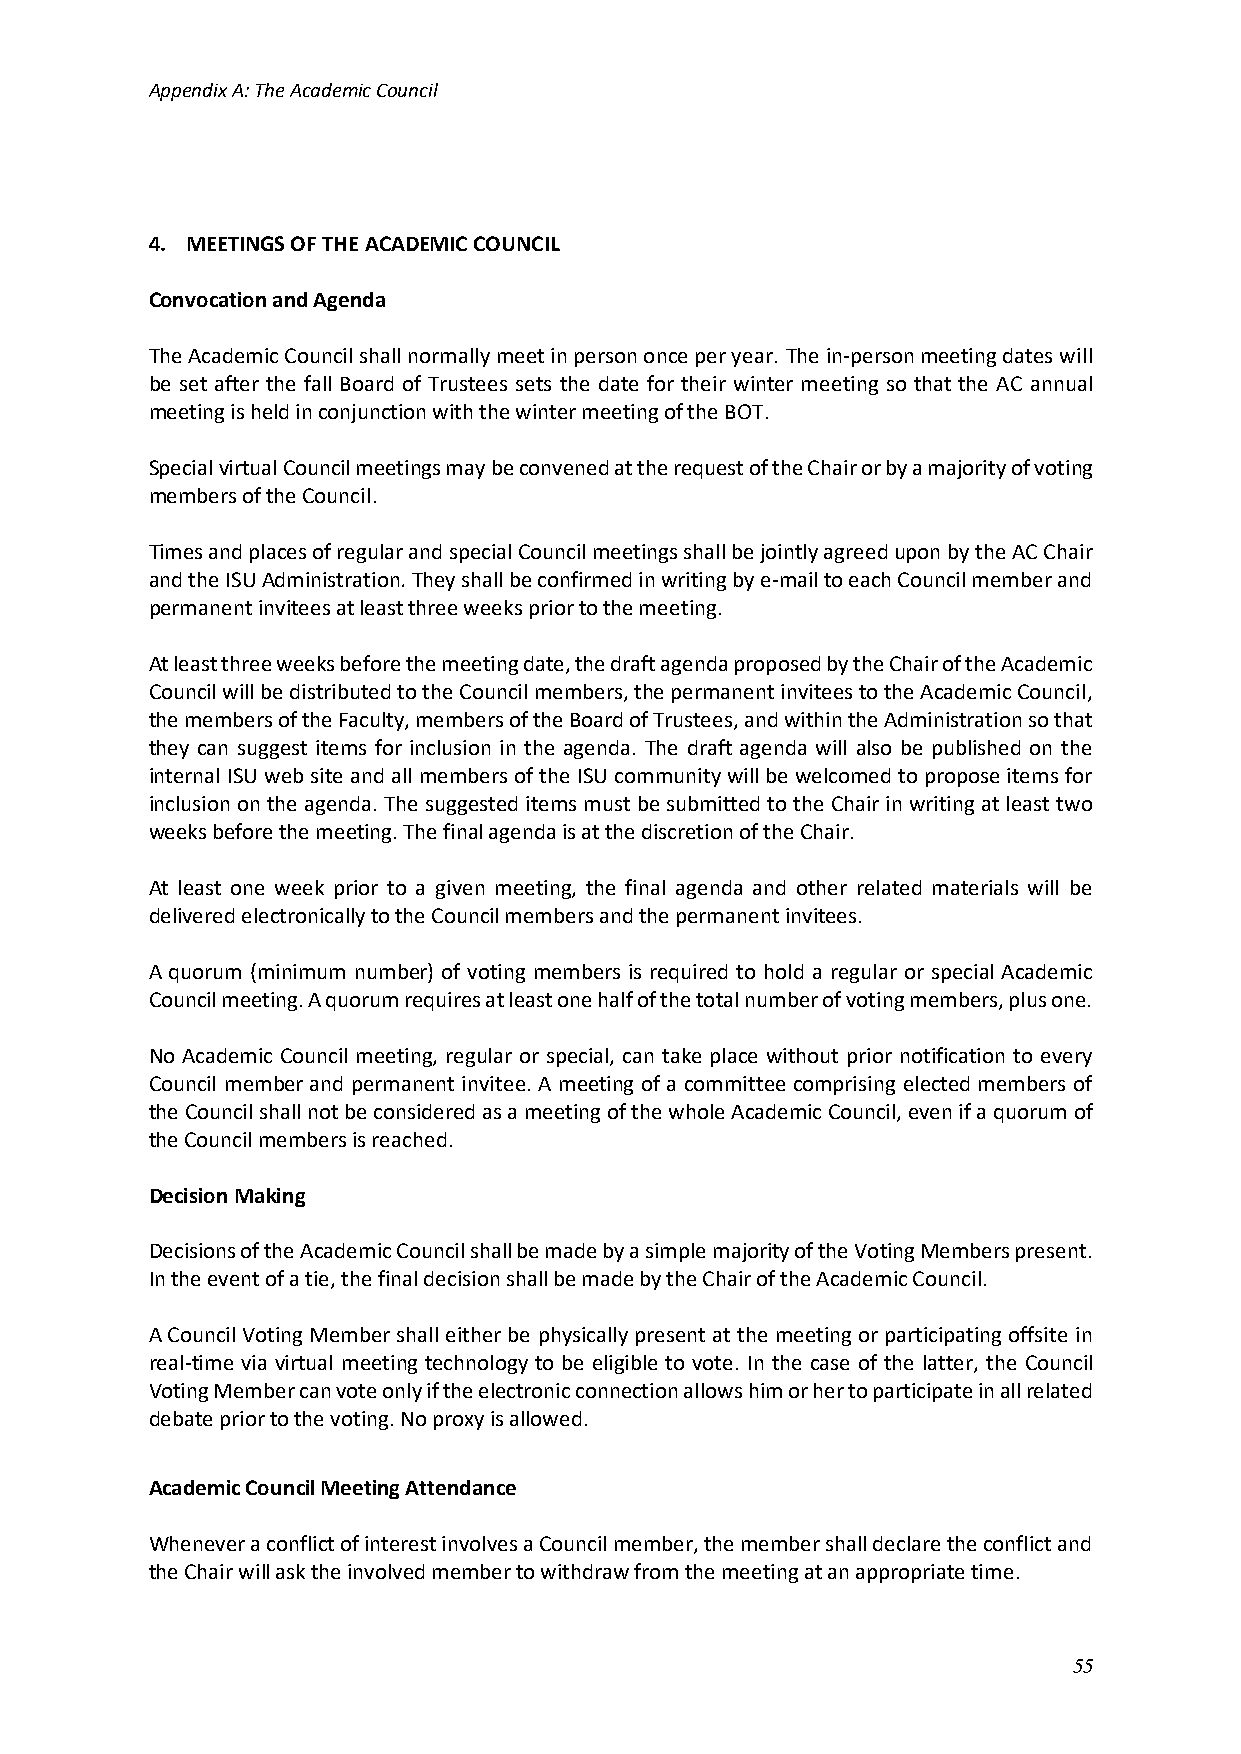
Appendix A: The Academic Council
 4. MEETINGS OF THE ACADEMIC COUNCIL
 Convocation and Agenda
 The Academic Council shall normally meet in person once per year. The in-person meeting dates will
 be set after the fall Board of Trustees sets the date for their winter meeting so that the AC annual
 meeting is held in conjunction with the winter meeting of the BOT.
 Special virtual Council meetings may be convened at the request of the Chair or by a majority of voting
 members of the Council.
 Times and places of regular and special Council meetings shall be jointly agreed upon by the AC Chair
 and the ISU Administration. They shall be confirmed in writing by e-mail to each Council member and
 permanent invitees at least three weeks prior to the meeting.
 At least three weeks before the meeting date, the draft agenda proposed by the Chair of the Academic
 Council will be distributed to the Council members, the permanent invitees to the Academic Council,
 the members of the Faculty, members of the Board of Trustees, and within the Administration so that
 they can suggest items for inclusion in the agenda. The draft agenda will also be published on the
 internal ISU web site and all members of the ISU community will be welcomed to propose items for
 inclusion on the agenda. The suggested items must be submitted to the Chair in writing at least two
 weeks before the meeting. The final agenda is at the discretion of the Chair.
 At least one week prior to a given meeting, the final agenda and other related materials will be
 delivered electronically to the Council members and the permanent invitees.
 A quorum (minimum number) of voting members is required to hold a regular or special Academic
 Council meeting. A quorum requires at least one half of the total number of voting members, plus one.
 No Academic Council meeting, regular or special, can take place without prior notification to every
 Council member and permanent invitee. A meeting of a committee comprising elected members of
 the Council shall not be considered as a meeting of the whole Academic Council, even if a quorum of
 the Council members is reached.
 Decision Making
 Decisions of the Academic Council shall be made by a simple majority of the Voting Members present.
 In the event of a tie, the final decision shall be made by the Chair of the Academic Council.
 A Council Voting Member shall either be physically present at the meeting or participating offsite in
 real-time via virtual meeting technology to be eligible to vote. In the case of the latter, the Council
 Voting Member can vote only if the electronic connection allows him or her to participate in all related
 debate prior to the voting. No proxy is allowed.
 Academic Council Meeting Attendance
 Whenever a conflict of interest involves a Council member, the member shall declare the conflict and
 the Chair will ask the involved member to withdraw from the meeting at an appropriate time.
 55